Annual report of the Punjab Veterinary College and of the Civil Veterinary Department, Punjab - 1926-1932
Year: 1926
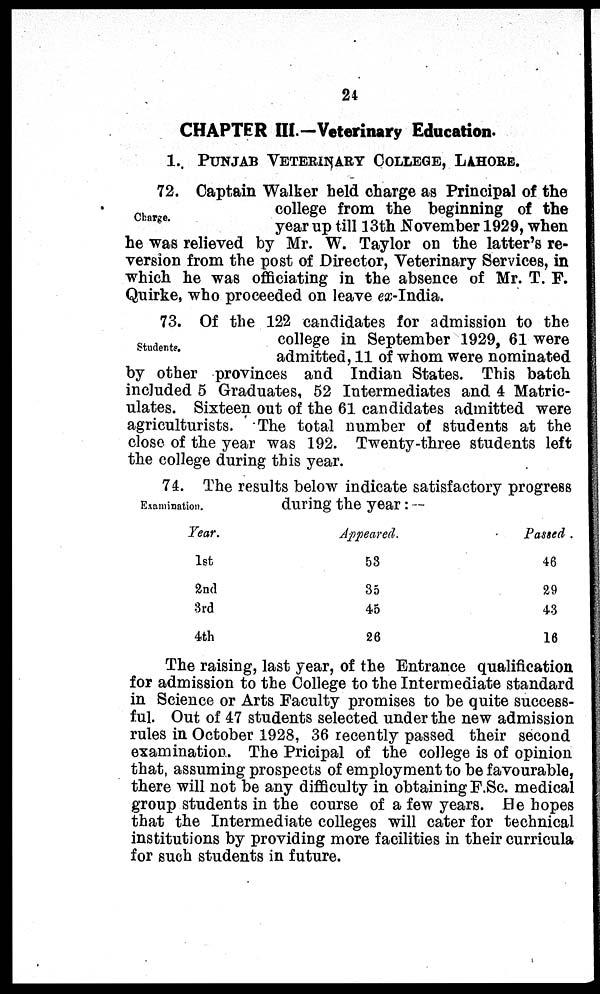
24
CHAPTER III.—Veterinary Education.
1. PUNJAB VETERINARY COLLEGE, LAHORE.
Charge.
72. Captain Walker held charge as Principal of the
college from the beginning of the
year up till 13th November 1929, when
he was relieved by Mr. W. Taylor on the latter's re-
version from the post of Director, Veterinary Services, in
which he was officiating in the absence of Mr. T. F.
Quirke, who proceeded on leave ex-India.
Students.
73. Of the 122 candidates for admission to the
college in September 1929, 61 were
admitted, 11 of whom were nominated
by other provinces and Indian States. This batch
included 5 Graduates, 52 Intermediates and 4 Matric-
ulates. Sixteen out of the 61 candidates admitted were
agriculturists. The total number of students at the
close of the year was 192. Twenty-three students left
the college during this year.
Examination.
74. The results below indicate satisfactory progress
during the year:—
Year.
1st
2nd
3rd
4th
Appeared.
53
35
45
26
Passed
46
29
43
16
The raising, last year, of the Entrance qualification
for admission to the College to the Intermediate standard
in Science or Arts Faculty promises to be quite success-
ful. Out of 47 students selected under the new admission
rules in October 1928, 36 recently passed their second
examination. The Pricipal of the college is of opinion
that, assuming prospects of employment to be favourable,
there will not be any difficulty in obtaining F.Sc. medical
group students in the course of a few years. He hopes
that the Intermediate colleges will cater for technical
institutions by providing more facilities in their curricula
for such students in future.